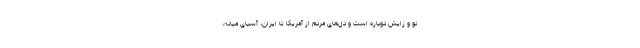
نو و زایش دوباره است و دل‌های مردم از آمریکا تا ایران، آسیای میانه،